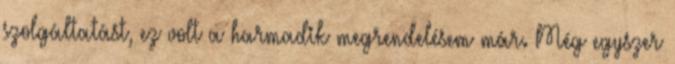
szolgáltatást, ez volt a harmadik megrendelésem már. Még egyszer